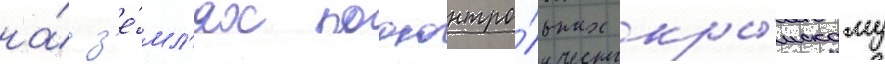
на́ з'е́мл'ях подконтро́льных кры́мскому